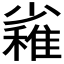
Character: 𱚪